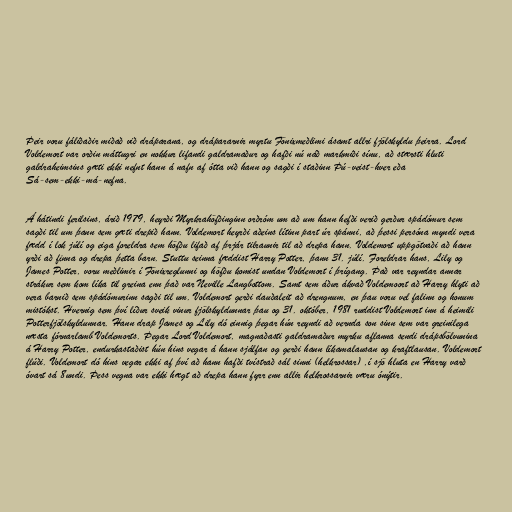
Þeir voru fáliðaðir miðað við dráparana, og drápararnir myrtu Fönixmeðlimi ásamt allri fjölskyldu þeirra. Lord
Voldemort var orðin máttugri en nokkur lifandi galdramaður og hafði nú náð markmiði sínu, að stærsti hluti
galdraheimsins gæti ekki nefnt hann á nafn af ótta við hann og sagði í staðinn Þú-veist-hver eða
Sá-sem-ekki-má-nefna.

Á hátindi ferilsins, árið 1979, heyrði Myrkrahöfðinginn orðróm um að um hann hefði verið gerður spádómur sem
sagði til um þann sem gæti drepið hann. Voldemort heyrði aðeins lítinn part úr spánni, að þessi persóna myndi vera
fædd í lok júlí og eiga foreldra sem höfðu lifað af þrjár tilraunir til að drepa hann. Voldemort uppgötvaði að hann
yrði að finna og drepa þetta barn. Stuttu seinna fæddist Harry Potter, þann 31. júlí. Foreldrar hans, Lily og
James Potter, voru meðlimir í Fönixreglunni og höfðu komist undan Voldemort í þrígang. Það var reyndar annar
strákur sem kom líka til greina enn það var Neville Langbottom. Samt sem áður ákvað Voldemoort að Harry hlyti að
vera barnið sem spádómurinn sagði til um. Voldemort gerði dauðaleit að drengnum, en þau voru vel falinn og honum
mistókst. Hvernig sem því líður sveik vinur fjölskyldunnar þau og 31. október, 1981 ruddist Voldemort inn á heimili
Potterfjölskyldunnar. Hann drap James og Lily dó einnig þegar hún reyndi að vernda son sinn sem var greinilega
næsta fórnarlamb Voldemorts. Þegar Lord Voldemort, magnaðasti galdramaður myrku aflanna sendi drápsbölvunina
á Harry Potter, endurkastaðist hún hins vegar á hann sjálfan og gerði hann líkamalausan og kraftlausan. Voldemort
flúði. Voldemort dó hins vegar ekki af því að hann hafði tvístrað sál sinni (helkrossar) ,í sjö hluta en Harry varð
óvart sá 8undi. Þess vegna var ekki hægt að drepa hann fyrr enn allir helkrossarnir væru ónýtir.